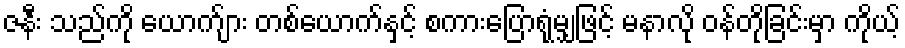
ဇနီး သည်ကို ယောက်ျား တစ်ယောက်နှင့် စကားပြောရုံမျှဖြင့် မနာလို ဝန်တိုခြင်းမှာ ကိုယ့်